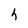
Character: h